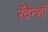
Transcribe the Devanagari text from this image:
रॅवेन्शॉ